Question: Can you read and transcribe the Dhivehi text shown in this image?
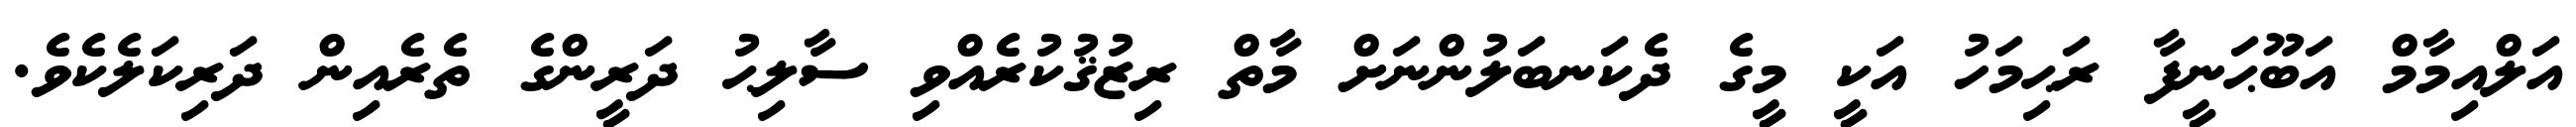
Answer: އަލްއިމާމް އަބޫޙަނީފާ ރަޙިމަހު އަކީ މީގެ ދެކަނބަލުންނަށް މާތް ރިޒުޤުކުރެއްވި ސާލިޙު ދަރީންގެ ތެރެއިން ދަރިކަލެކެވެ.